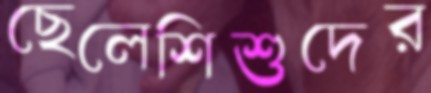
ছেলেশিশুদের